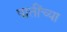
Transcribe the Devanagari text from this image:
पातींच्या